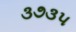
૩૭૩૫